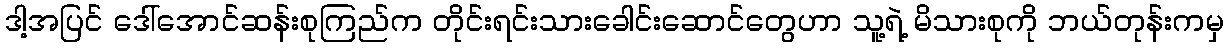
ဒါ့အပြင် ဒေါ်အောင်ဆန်းစုကြည်က တိုင်းရင်းသားခေါင်းဆောင်တွေဟာ သူ့ရဲ့ မိသားစုကို ဘယ်တုန်းကမှ